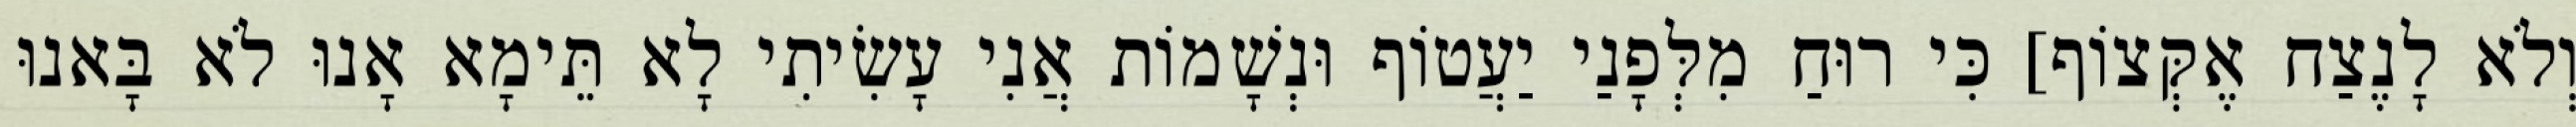
וְלֹא לָנֶצַח אֶקְּצוֹף] כִּי רוּחַ מִלְּפָנַי יַעֲטוֹף וּנְשָׁמוֹת אֲנִי עָשִׂיתִי לָא תֵּימָא אָנוּ לֹא בָּאנוּ